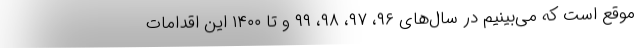
موقع است که می‌بینیم در سال‌های ۹۶، ۹۷، ۹۸، ۹۹ و تا ۱۴۰۰ این اقدامات